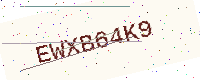
Text: EWXB64K9